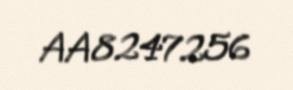
AA8247256